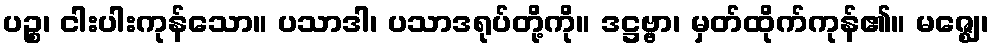
ပဉ္စ၊ ငါးပါးကုန်သော။ ပသာဒါ၊ ပသာဒရုပ်တို့ကို။ ဒဋ္ဌဗ္ဗာ၊ မှတ်ထိုက်ကုန်၏။ မဇ္ဈေ၊